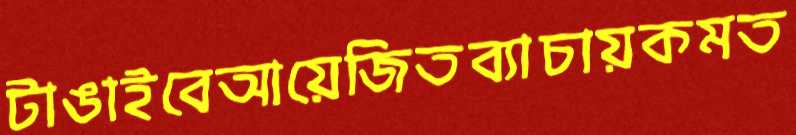
টাঙাইবেআয়েজিতব্যাচায়কমত